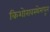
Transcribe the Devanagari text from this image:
किशोरावस्थेमधून